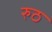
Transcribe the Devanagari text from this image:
रुठ